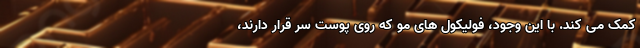
کمک می کند. با این وجود، فولیکول های مو که روی پوست سر قرار دارند،